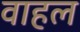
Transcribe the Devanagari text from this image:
वाहल